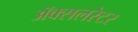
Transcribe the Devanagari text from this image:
ॲक्सलरेटर